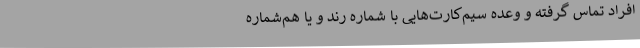
افراد تماس گرفته و وعده سیم‌کارت‌هایی با شماره رند و یا هم‌شماره